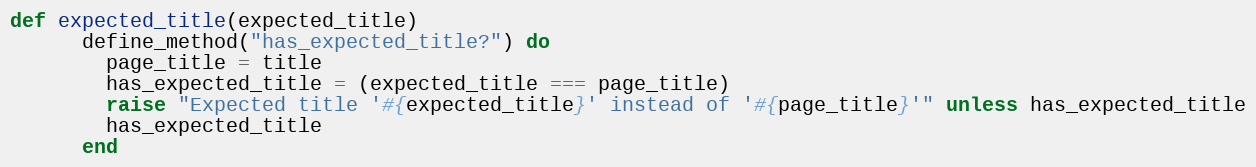
Language: Ruby
def expected_title(expected_title)
      define_method("has_expected_title?") do
        page_title = title
        has_expected_title = (expected_title === page_title)
        raise "Expected title '#{expected_title}' instead of '#{page_title}'" unless has_expected_title
        has_expected_title
      end